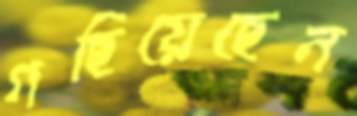
গছিয়েছেন